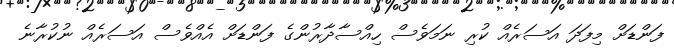
ފަންޑަށް މިފަދަ އަސަރެއް ކުރި ނަމަވެސް ހިއްސާދާރުންގެ ފަންޑަށް އެއްވެސް އަސަރެއް ނުކުރާނެ